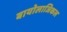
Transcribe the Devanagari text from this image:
बायोलाजिकल